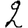
Digit: 2